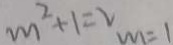
m ^ { 2 } + 1 = 2 m = 1